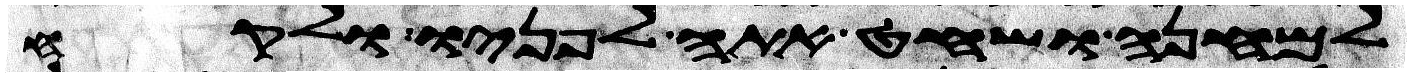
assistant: למחנה ושחט אתה לפניו ולקח